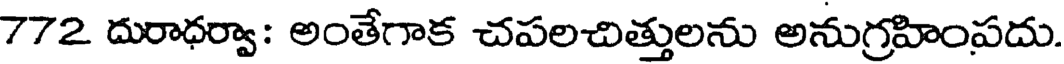
772 దురాధర్వా: అంతేగాక చపలచిత్తులను అనుగ్రహింపదు